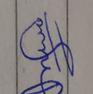
Signature authenticity: genuine